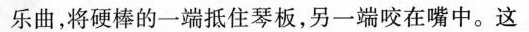
乐曲，将硬棒的一端抵住琴板，另一端咬在嘴中。这